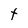
Character: t